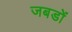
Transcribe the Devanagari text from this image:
जबडों